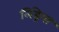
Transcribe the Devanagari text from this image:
लिंड्रेया